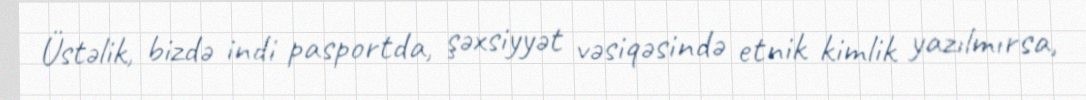
Üstəlik, bizdə indi pasportda, şəxsiyyət vəsiqəsində etnik kimlik yazılmırsa,